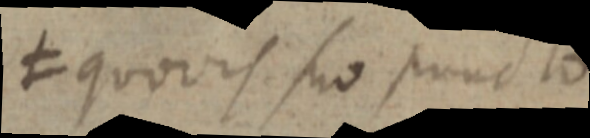
≠ quovis suo puncto